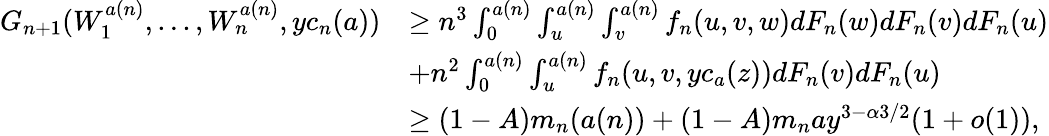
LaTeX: \begin{array}{rl}{G_{n+1}(W_{1}^{a(n)},...,W_{n}^{a(n)},yc_{n}(a))}&{\geq n^{3}\int_{0}^{a(n)}\int_{u}^{a(n)}\int_{v}^{a(n)}f_{n}(u,v,w)dF_{n}(w)dF_{n}(v)dF_{n}(u)}\\ &{+n^{2}\int_{0}^{a(n)}\int_{u}^{a(n)}f_{n}(u,v,yc_{a}(z))dF_{n}(v)dF_{n}(u)}\\ &{\geq(1-A)m_{n}(a(n))+(1-A)m_{n}ay^{3-\alpha 3/2}(1+o(1)),}\end{array}